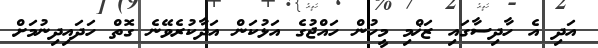
އަދި އެ ހާދިސާގައި ޒަޚްމި މީހުން ހައްޖުގެ އަޅުކަން އަދާކުރެވޭނެ ގޮތް ހަދައިދިނުމަށް